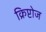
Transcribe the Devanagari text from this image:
क्रिप्टोज